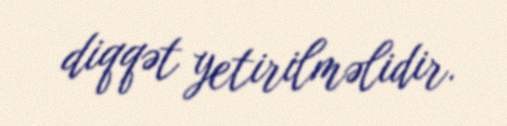
diqqət yetirilməlidir.